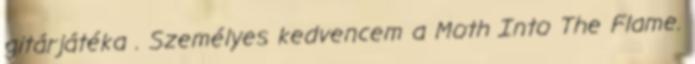
gitárjátéka . Személyes kedvencem a Moth Into The Flame.